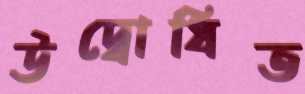
উদ্বোধিত